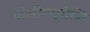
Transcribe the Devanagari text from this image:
पोलीनयूरोप्ति